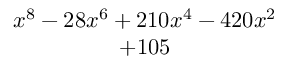
\begin{array} { c } { x ^ { 8 } - 2 8 x ^ { 6 } + 2 1 0 x ^ { 4 } - 4 2 0 x ^ { 2 } } \\ { + 1 0 5 } \end{array}